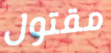
مقتول